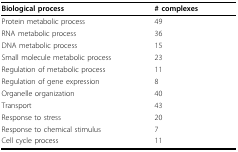
<table><thead><tr><td><b>Biological process</b></td><td><b># complexes</b></td></tr></thead><tbody><tr><td>Protein metabolic process</td><td>49</td></tr><tr><td>RNA metabolic process</td><td>36</td></tr><tr><td>DNA metabolic process</td><td>15</td></tr><tr><td>Small molecule metabolic process</td><td>23</td></tr><tr><td>Regulation of metabolic process</td><td>11</td></tr><tr><td>Regulation of gene expression</td><td>8</td></tr><tr><td>Organelle organization</td><td>40</td></tr><tr><td>Transport</td><td>43</td></tr><tr><td>Response to stress</td><td>20</td></tr><tr><td>Response to chemical stimulus</td><td>7</td></tr><tr><td>Cell cycle process</td><td>11</td></tr></tbody></table>